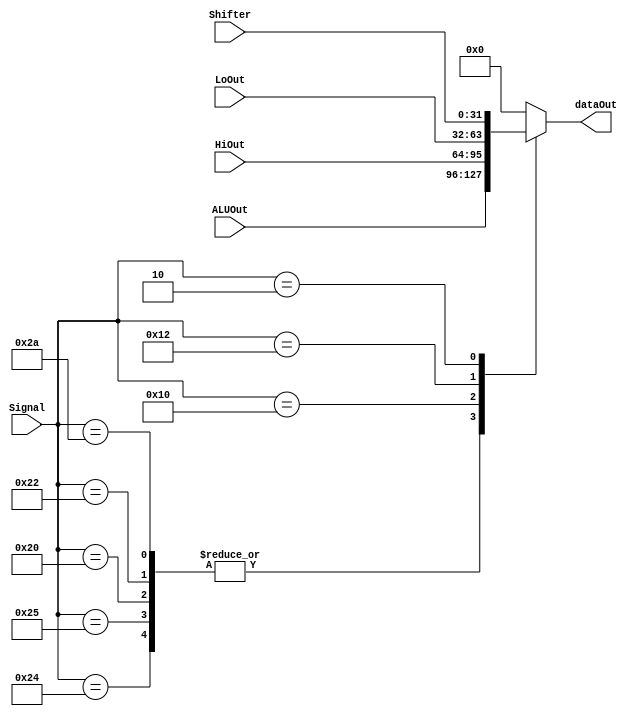
`timescale 1ns/1ns
module MUX( ALUOut, HiOut, LoOut, Shifter, Signal, dataOut );
input [31:0] ALUOut ;
input [31:0] HiOut ;
input [31:0] LoOut ;
input [31:0] Shifter ;
input [5:0] Signal ;
output [31:0] dataOut ;


reg [31:0] temp ;

parameter AND = 6'b100100;
parameter OR  = 6'b100101;
parameter ADD = 6'b100000;
parameter SUB = 6'b100010;
parameter SLT = 6'b101010;

parameter SRL = 6'b000010;

parameter DIVU= 6'b011011;
parameter MFHI= 6'b010000;
parameter MFLO= 6'b010010;
/*
wqUT
*/
/*
=====================================================
UdA{gvWkg
=====================================================
*/
always@( ALUOut or HiOut or LoOut or Shifter or Signal )
begin

	case ( Signal )
	AND:
	begin
		temp = ALUOut ;
	end
	OR:
	begin
		temp = ALUOut ;
	end
	ADD:
	begin
		temp = ALUOut ;
	end
	SUB:
	begin
		temp = ALUOut ;
	end
	SLT:
	begin
		temp = ALUOut ;
	end
	MFHI:
	begin
		temp = HiOut ;
	end
	MFLO:
	begin
		temp = LoOut ;
	end
/*
===========
   n
===========
MFHIMMFLO
oDO@wn[i
oOHILOsXO
OO
===========
   n
===========
*/
	SRL:
	begin
		temp = Shifter ;
	end
	default: temp = 32'b0 ;	
	
	endcase
/*
WocaseObTBz
OisignalPJ
MisAX
*/
end
assign dataOut = temp ;
/*
=====================================================
WdA{gvWkg
=====================================================
*/

endmodule